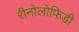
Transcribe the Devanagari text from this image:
रीनोलोफिडी